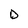
Character: D